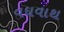
વધવાથ